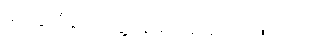
မထွေးရီနှင့် တွေ့နေမည် စိုးသောကြောင့်ပင်။